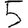
Digit: 5